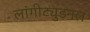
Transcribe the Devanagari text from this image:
लांगीट्युडनल